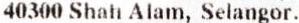
40300 SHAH ALAM, SELANGOR.